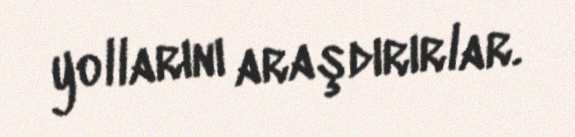
yollarını araşdırırlar.